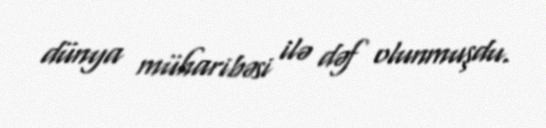
dünya müharibəsi ilə dəf olunmuşdu.